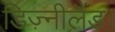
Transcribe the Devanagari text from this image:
डिज़्नीलैंड।